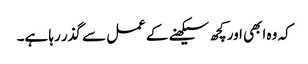
کہ وہ ابھی اور کچھ سیکھنے کے عمل سے گذر رہا ہے۔